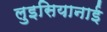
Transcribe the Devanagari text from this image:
लुइसियानाई